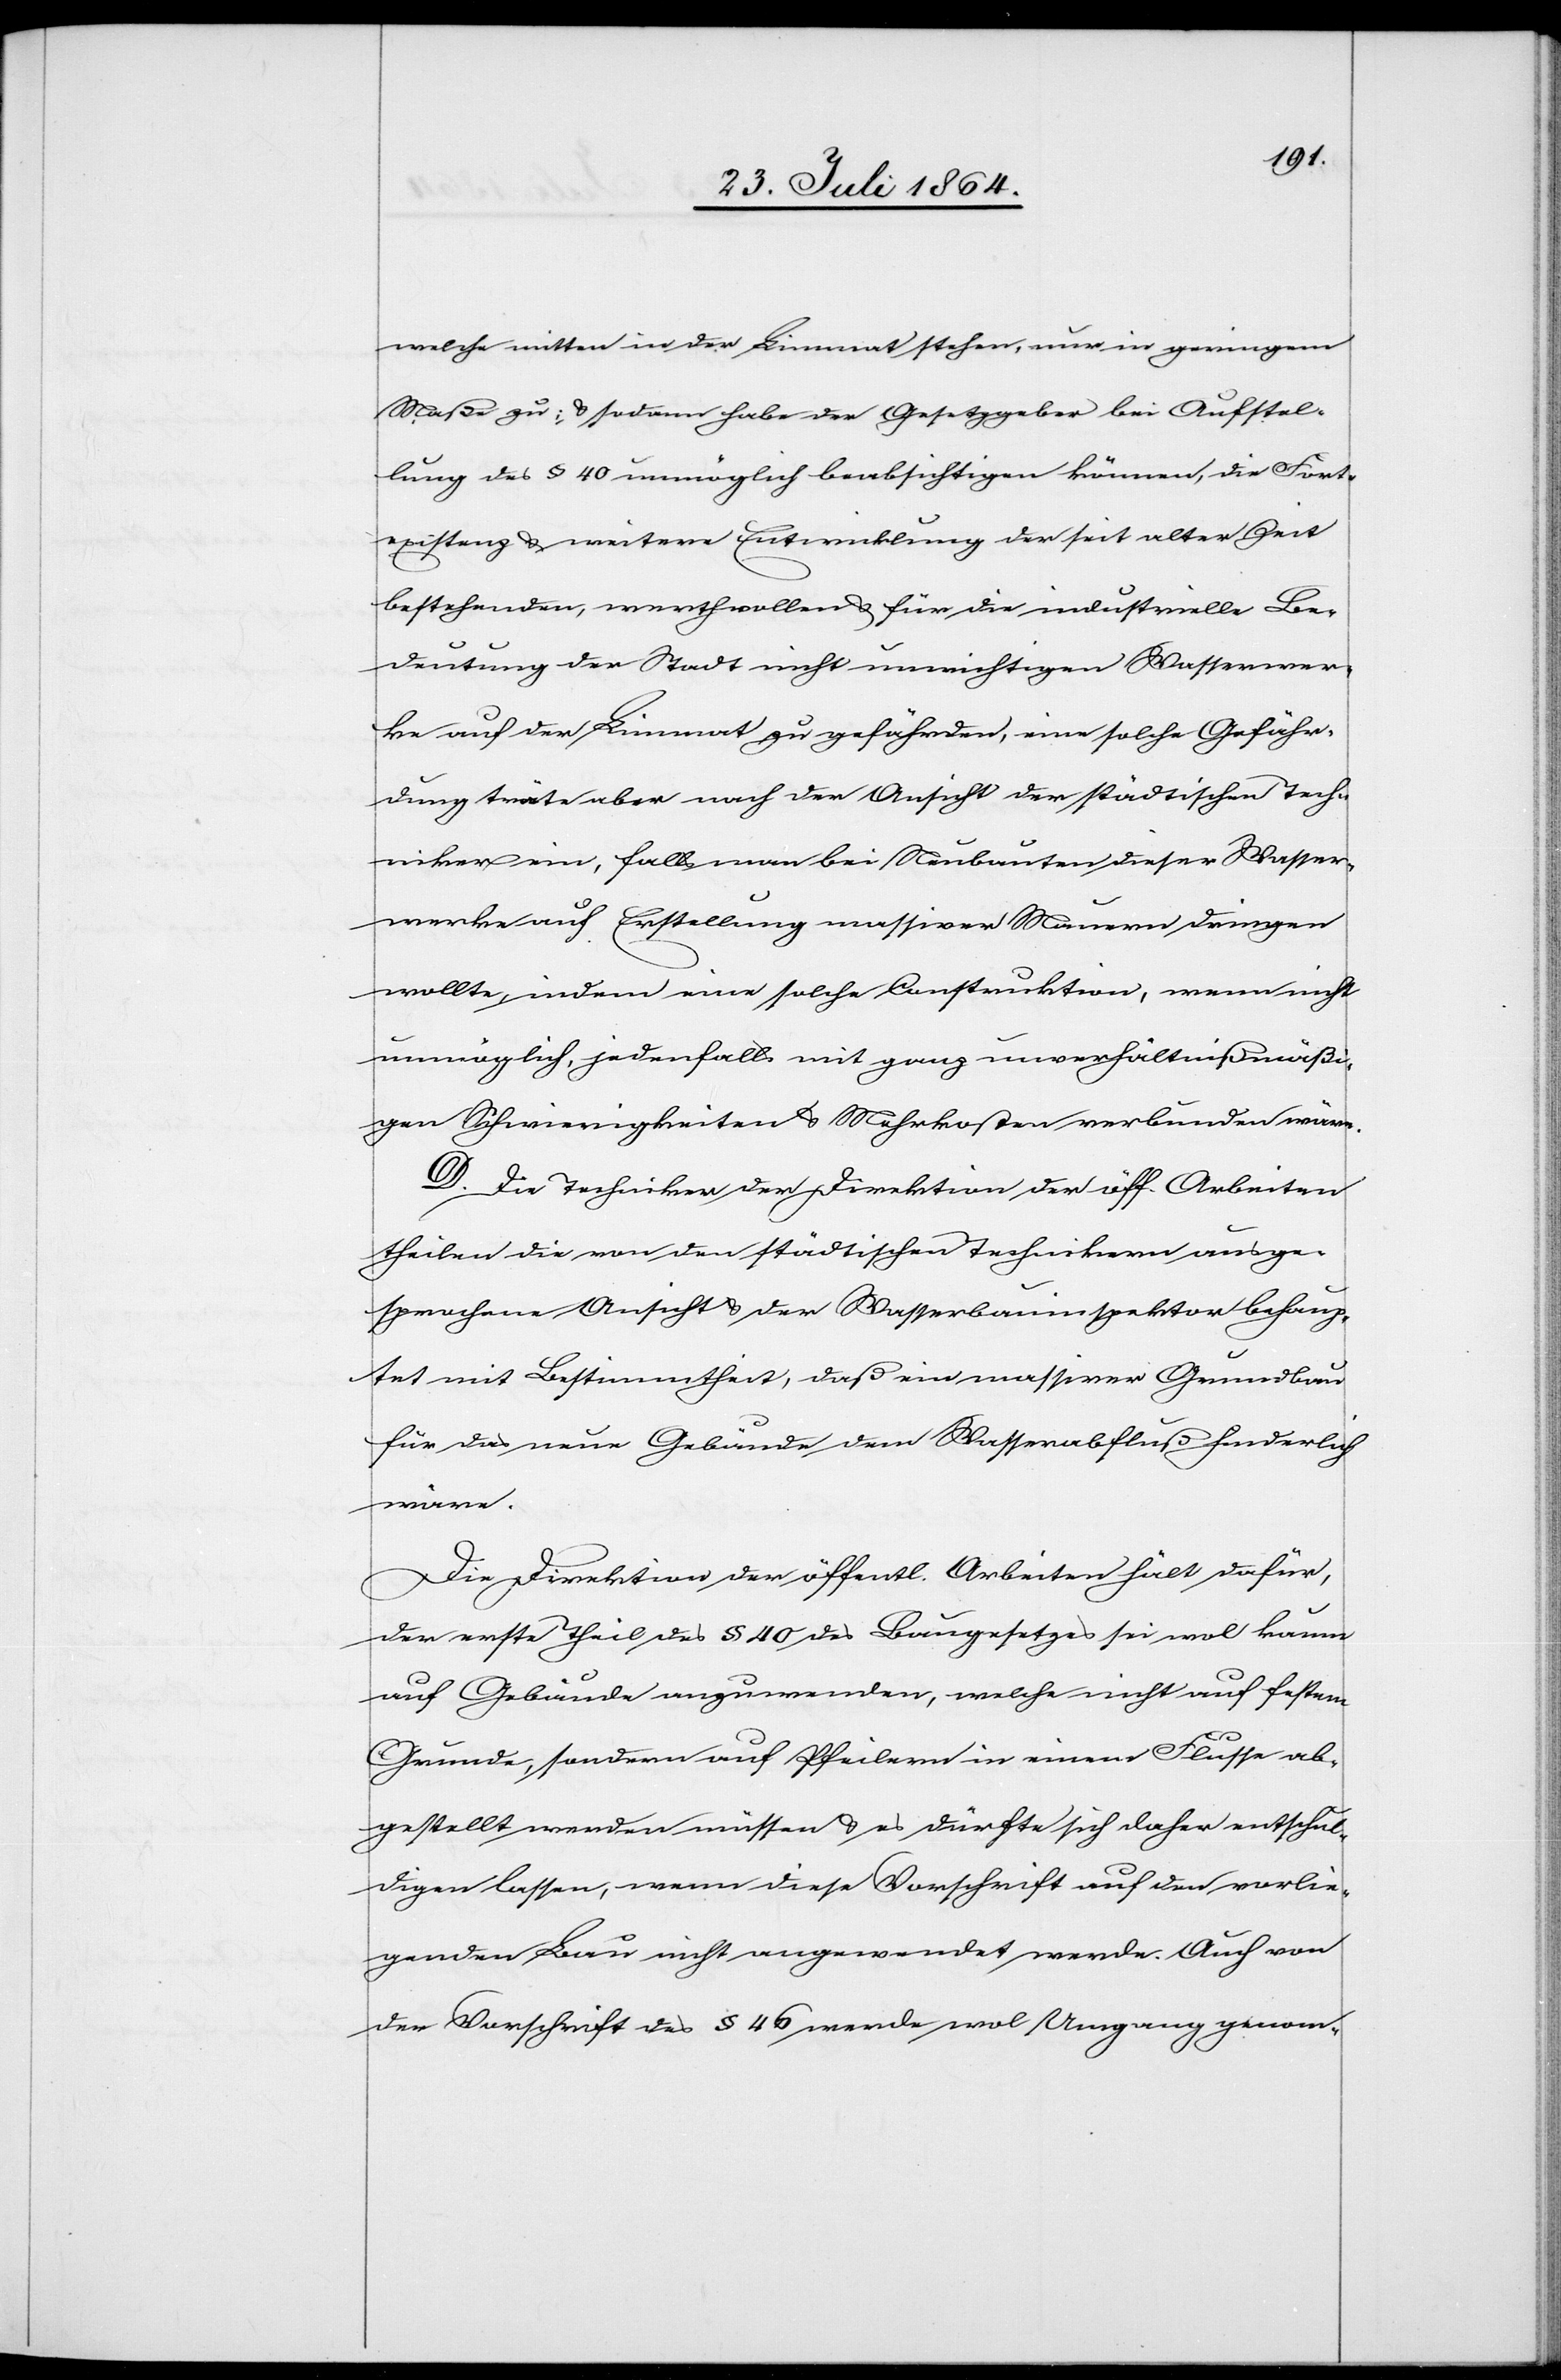
welche mitten in der Limmat stehen, nur in geringem
Maße zu; & sodann habe der Gesetzgeber bei Aufstel¬
lung des § 40 unmöglich beabsichtigen können, die Forte¬
xistenz & weitere Entwicklung der seit alter Zeit
bestehenden, werthvollen & für die industrielle Be¬
deutung der Stadt nicht unwichtigen Wasserwer¬
ke auf der Limmat zu gefährden, eine solche Gefähr¬
dung träte aber nach der Ansicht der städtischen Techn¬
iker ein, falls man bei Neubauten dieser Wasser¬
werke auf Erstellung massiver Mauern dringen
wollte, indem eine solche Construktion, wenn nicht
unmöglich, so jedenfalls mit ganz unverhältnißmäßi¬
gen Schwierigkeiten & Mehrkosten verbunden wäre.
D. Die Techniker der Direktion der öff. Arbeiten
theilen die von den städtischen Technikern ausge¬
sprochene Ansicht & der Wasserbauinspektor behaup¬
tet mit Bestimmtheit, daß ein massiver Grundbau
für das neue Gebäude dem Wasserabfluß hinderlich
wäre.
Die Direktion der öffentl. Arbeiten hält dafür,
der erste Theil des § 40 des Baugesetzes sei wol kaum
auf Gebäude anzuwenden, welche nicht auf festem
Grunde, sondern auf Pfeilern in einem Flusse ab¬
gestellt werden müssen & es dürfte sich daher entschul¬
digen lassen, wenn diese Vorschrift auf den vorlie¬
genden Bau nicht angewendet werde. Auch von
der Vorschrift des § 46 werde wol Umgang genom-